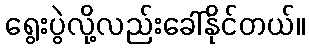
ရွေးပွဲလို့လည်းခေါ်နိုင်တယ်။